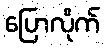
ပြောလိုက်